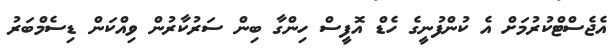
އެޖެސްޓްކުރުމަށް އެ ކުންފުނީގެ ހެޑް އޮފީސް ހިންގާ ބިން ސަރުކާރުން ވިއްކަން ޑިސެމްބަރު